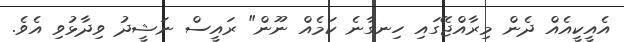
އެއީކީއެއް ދެން މިރާއްޖޭގައި ހިނގާނެ ކަމެއް ނޫން" ރައީސް ނަޝީދު ވިދާޅުވި އެވެ.